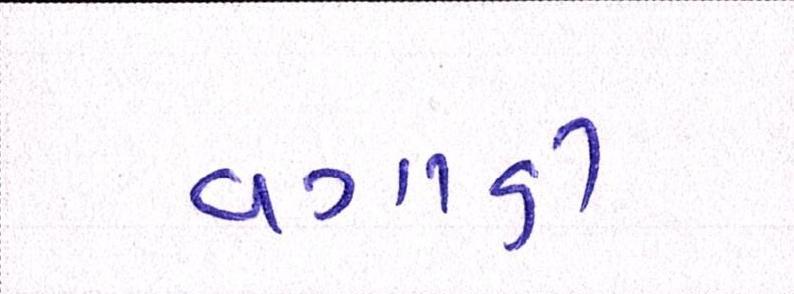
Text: વગાડી